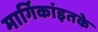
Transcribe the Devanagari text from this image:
मार्गिकांइतके